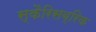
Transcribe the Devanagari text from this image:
स्कैरिसब्रिक